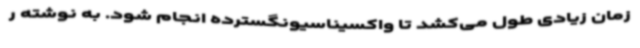
زمان زیادی طول می‌کشد تا واکسیناسیونگسترده‌ انجام شود. به نوشته ر